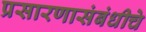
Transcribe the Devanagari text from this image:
प्रसारणासंबंधीचे